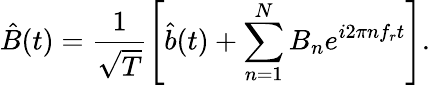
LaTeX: \hat{B}(t)=\frac{1}{\sqrt T}\left[\hat{b}(t)+\sum_{n=1}^{N}B_{n}e^{i2\pi nf_{r}t}\right].